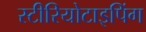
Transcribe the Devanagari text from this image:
स्टीरियोटाइपिंग